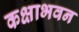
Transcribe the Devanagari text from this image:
कक्षाभवन